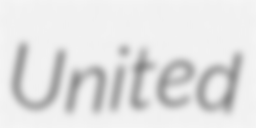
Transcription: United